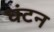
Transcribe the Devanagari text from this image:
घंटन